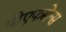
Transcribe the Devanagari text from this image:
पीएफसेन्स